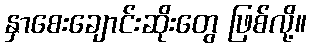
နှာစေးချောင်းဆိုးတွေ ဖြစ်လို့။